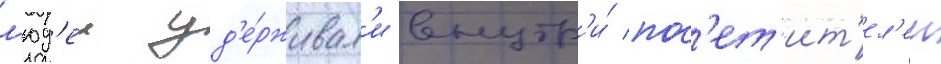
л'юд'еи уд'е́рживал'и внутр'и́ пос'ет'ит'ел'еи